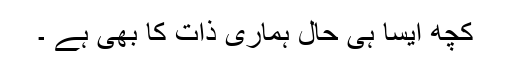
کچھ ایسا ہی حال ہماری ذات کا بھی ہے ۔